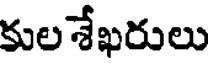
కుల శేఖరులు